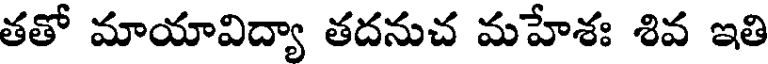
తతో మాయావిద్యా తదనుచ మహేశః శివ ఇతి